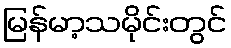
မြန်မာ့သမိုင်းတွင်